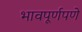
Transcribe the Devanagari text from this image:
भावपूर्णपणे